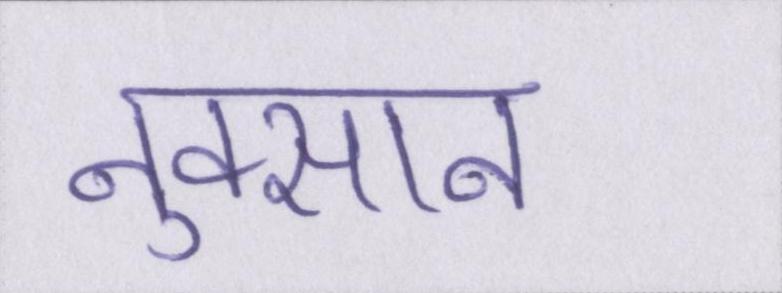
नुक्सान